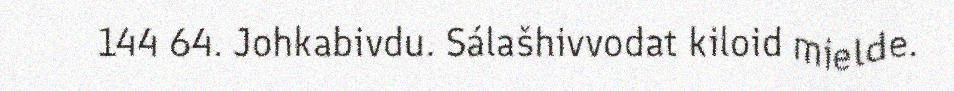
144 64. Johkabivdu. Sálašhivvodat kiloid mielde.